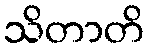
သိတာတိ